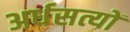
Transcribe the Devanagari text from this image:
अर्धसत्यों